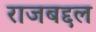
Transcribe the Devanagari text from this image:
राजबद्दल